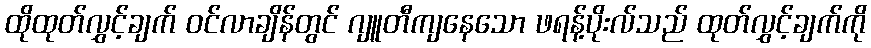
ထိုထုတ်လွှင့်ချက် ဝင်လာချိန်တွင် ဂျူတီကျနေသော ဖရန့်ပိုးလ်သည် ထုတ်လွှင့်ချက်ကို